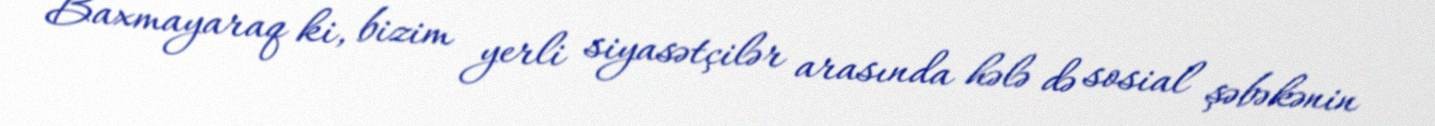
Baxmayaraq ki, bizim yerli siyasətçilər arasında hələ də sosial şəbəkənin